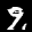
Label: 9